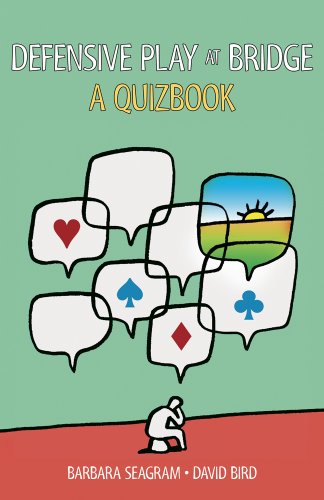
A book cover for Defensive Play at Bridge: A Quizbook; Barbara Seagram; Humor & Entertainment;